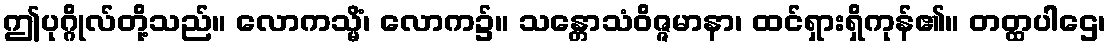
ဤပုဂ္ဂိုလ်တို့သည်။ လောကသ္မိံ၊ လောက၌။ သန္တောသံဝိဇ္ဇမာနာ၊ ထင်ရှားရှိကုန်၏။ တတ္ထပါဌေ၊